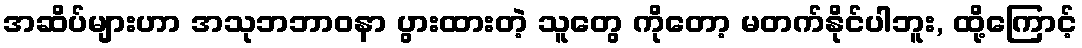
အဆိပ်များဟာ အသုဘဘာဝနာ ပွားထားတဲ့ သူတွေ ကိုတော့ မတက်နိုင်ပါဘူး, ထို့ကြောင့်